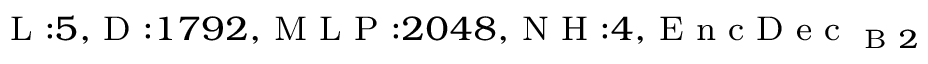
_ { \textrm { L } : 5 , \textrm { D } : 1 7 9 2 , \textrm { M L P } : 2 0 4 8 , \textrm { N H } : 4 , \textrm { E n c D e c } _ { \textrm { B } 2 } }